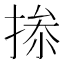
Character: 𢮥